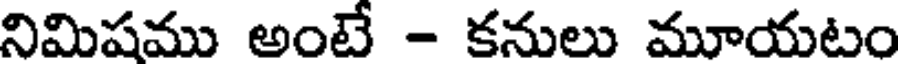
నిమిషము అంటే - కనులు మూయటం